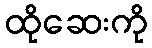
ထိုဆေးကို